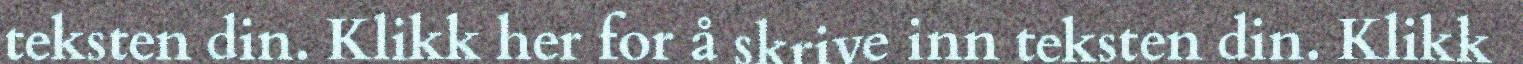
teksten din. Klikk her for å skrive inn teksten din. Klikk